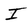
Character: I